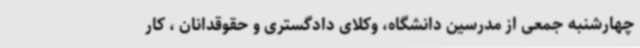
چهارشنبه جمعی از مدرسین دانشگاه، وکلای دادگستری و حقوقدانان ، کار